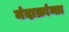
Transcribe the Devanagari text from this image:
मंदाक्रांन्ता